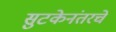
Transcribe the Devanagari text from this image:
सुटकेनंतरचे